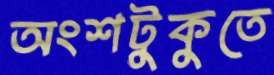
অংশটুকুতে